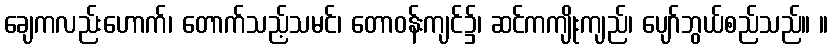
ချေကလည်းဟောက်၊ တောက်သည့်သမင်၊ တောဝန်းကျင်၌၊ ဆင်ကကျိုးကျည်၊ ပျော်ဘွယ်စည်သည်။ ။